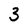
Character: 3